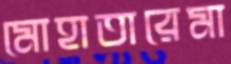
মোহাতারেমা